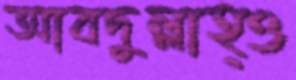
আবদুল্লাহ্ও